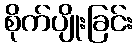
စိုက်ပျိုးခြင်း